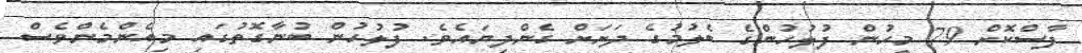
ފާސްކޮށް 79 މީހުން ފުލުހުންގެ ބެލުމުގެ ދަށަށް ގެންދިޔައެވެ. ފުލުހުން ބުނާގޮތުގައި މިއެންމެންވެސް